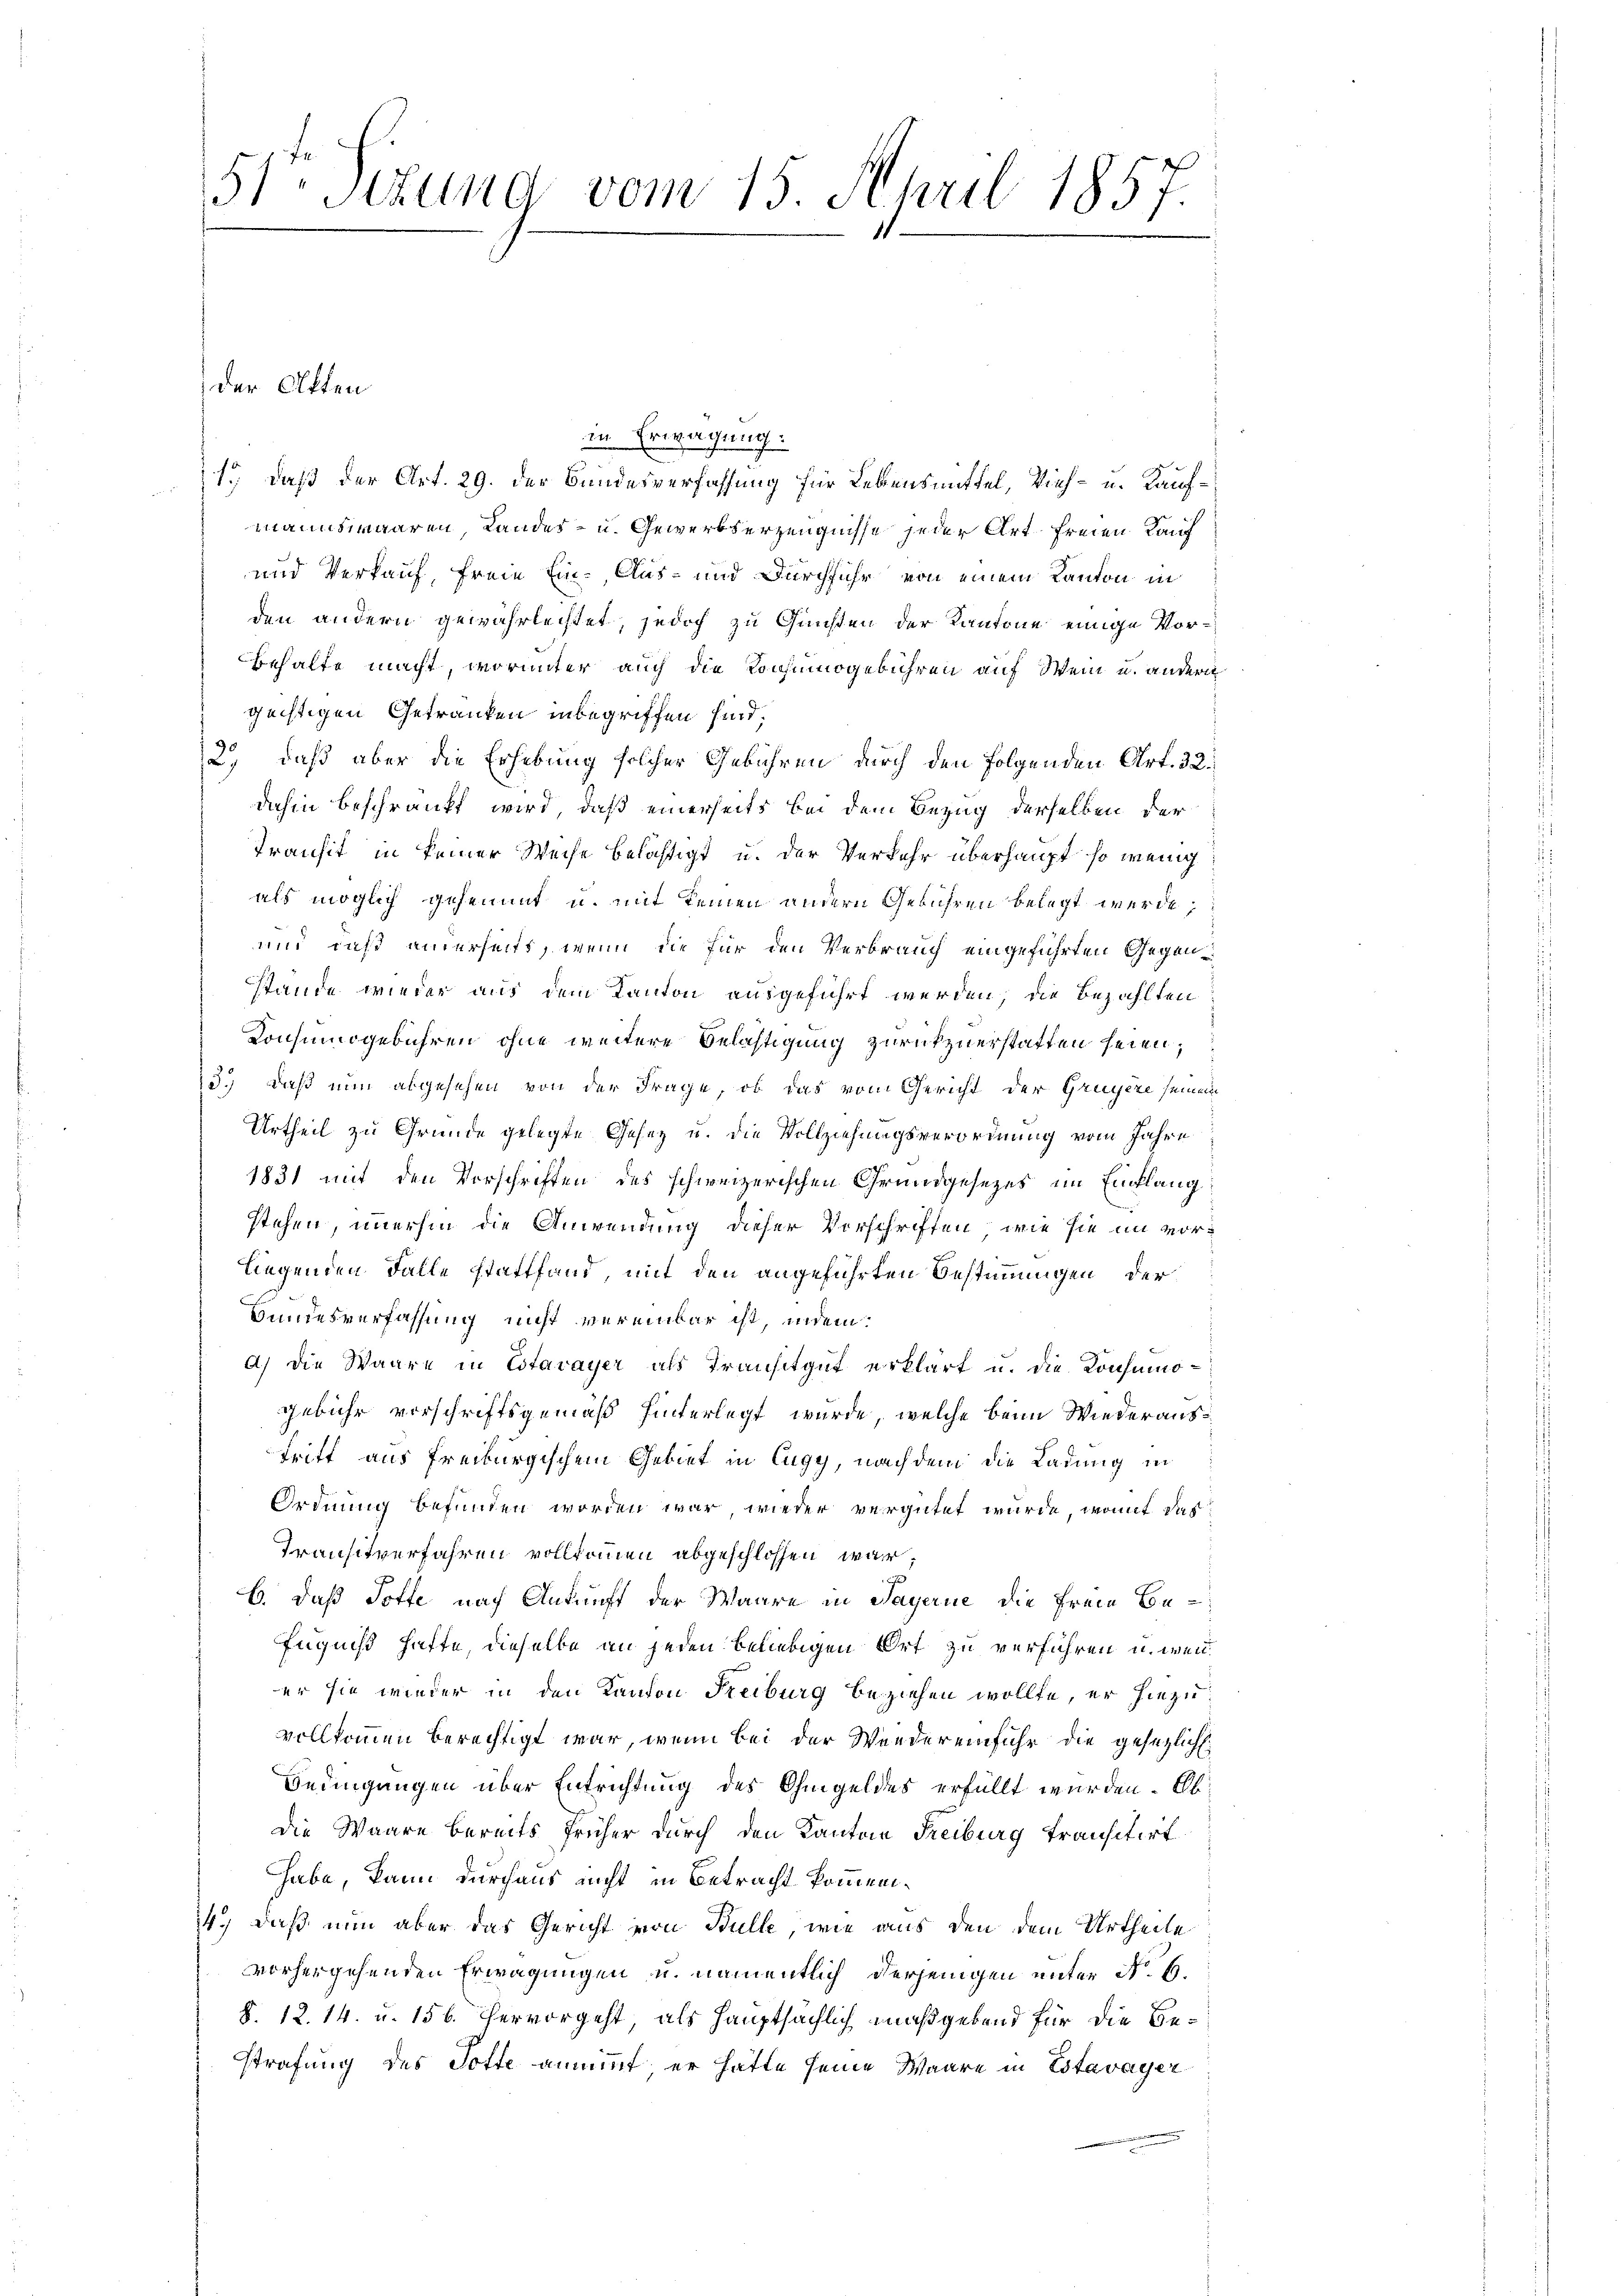
51 sizung vom 15. April 1857.
11.

der Akten

in Erwägung:
1., daß der Art. 29. der Bundesverfassung für Lebensmittel, Vieh- u. Kaufmannswaaren, Landes- u. Gewerbserzeugnisse jeder Art freien Kauf
und Verkauf, freie Ein- Aus- und Durchführ von einem Kanton in
den andern gewährlechtet, jedoch zu Gunsten der Kantone einige Vor¬
Behalte macht, worunter auch die Konsumnogebühren auf Wein u. andern
güchtigen Getranken inbegriffen sind,
2.) daß aber die Erhebung solcher Gebühren durch den folgenden Art. 32.
dahin beschränkt wird, daß einerseits bei dem Bezug derselben der
Transit in keiner Weise belästigt u. der Verkehr überhaupt so wenig
als möglich gehemmt u. mit keinen andern Gebühren belegt werde;
und daß anderseits, wenn die für den Verbrauch eingeführten Gegenstande wieder aus dem Kanton ausgeführt werden, die Bezahlten
Konsumsgebühren ohne weitere Belästigung zurückzuerstatten seien;
3.) Daß nun abgesehen von der Frage, ob das vom Gericht der Gruyère seinem
Urtheil zu Grunde gelegte Gesez u. die Vollziehungsverordnung vom Jahre
1831 mit den Vorschriften des schweizerischen Grundgesezes im Einflang
stehen, immerhin die Anwendung dieser Vorschriften, wie sie im vorliegenden Falle stattfand, mit den angeführten Bestimmungen der
Bundesverfassung nicht vereinbar ist, indem:
a) Die Waare in Estavayer als Transitgut erklärt u. die Konsumogebühr vorschriftsgemäß hinterlegt wurde, welche beim Wiederaustriff aus freiburgischem Gebiet in Eugy, nachdem die Ladung in
Ordnung befunden worden war, wieder vergütet wurde, womit das
Transtverfahren vollkommen abgeschlossen war;
b.) daß Toffe nach Ankunft der Waare in Payerne die freie Be¬
Eugniß hafte, dieselbe an jeden beliebigen Ort zu verführen u. wener sie wieder in den Kanton Freiburg beziehen wollte, er hiezu
vollkommen berechtigt war, wenn bei der Wiedereinfuhr die gesezlich.
Bedingungen über Entrichtung des Ohmgeldes erfüllt wurden. Eb
Die Waare bereits früher durch den Kanton Freiburg transitirt
habe, kann durchaus nicht in Betracht kommen¬
14.) Daß nun aber das Gericht von Bulle, wie aus den dem Urtheile
vorhergehenden Erwägungen u. namentlich derjenigen unter No. 6.
§. 12. 14. u. 156. hervorgeht, als Hauptsächlich maßgebend für die Bestrafung des Totte annimmt er hätte seine Waare in Estavayer